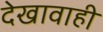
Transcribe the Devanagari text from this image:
देखावाही